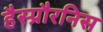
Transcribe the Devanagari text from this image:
हैस्प्रौरनिस